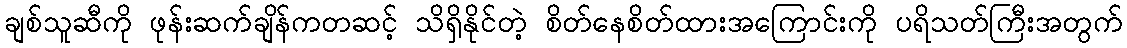
ချစ်သူဆီကို ဖုန်းဆက်ချိန်ကတဆင့် သိရှိနိုင်တဲ့ စိတ်နေစိတ်ထားအကြောင်းကို ပရိသတ်ကြီးအတွက်